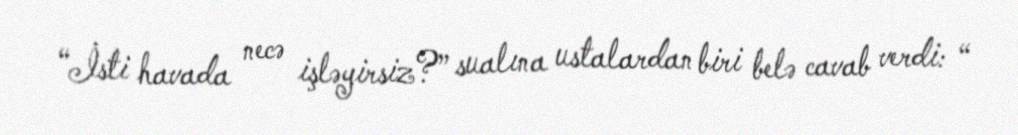
“İsti havada necə işləyirsiz?” sualına ustalardan biri belə cavab verdi: “